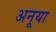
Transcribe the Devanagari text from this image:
अनूया